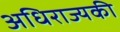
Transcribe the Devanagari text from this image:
अधिराज्यकी